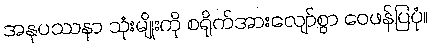
အနုပဿနာ သုံးမျိုးကို စရိုက်အားလျော်စွာ ဝေဖန်ပြပုံ။